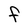
Character: F